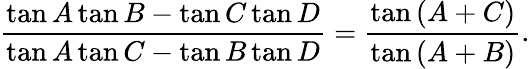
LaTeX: {\frac{\tan{A}\tan{B}-\tan{C}\tan{D}}{\tan{A}\tan{C}-\tan{B}\tan{D}}}={\frac{\tan{(A+C)}}{\tan{(A+B)}}}.